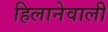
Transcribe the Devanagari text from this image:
हिलानेवाली